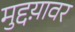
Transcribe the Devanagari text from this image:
मुद्दय़ावर